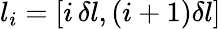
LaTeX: l_{i}=[i\, \delta l,(i+1)\delta l]